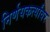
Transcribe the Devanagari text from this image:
निर्णयकर्त्यांवर